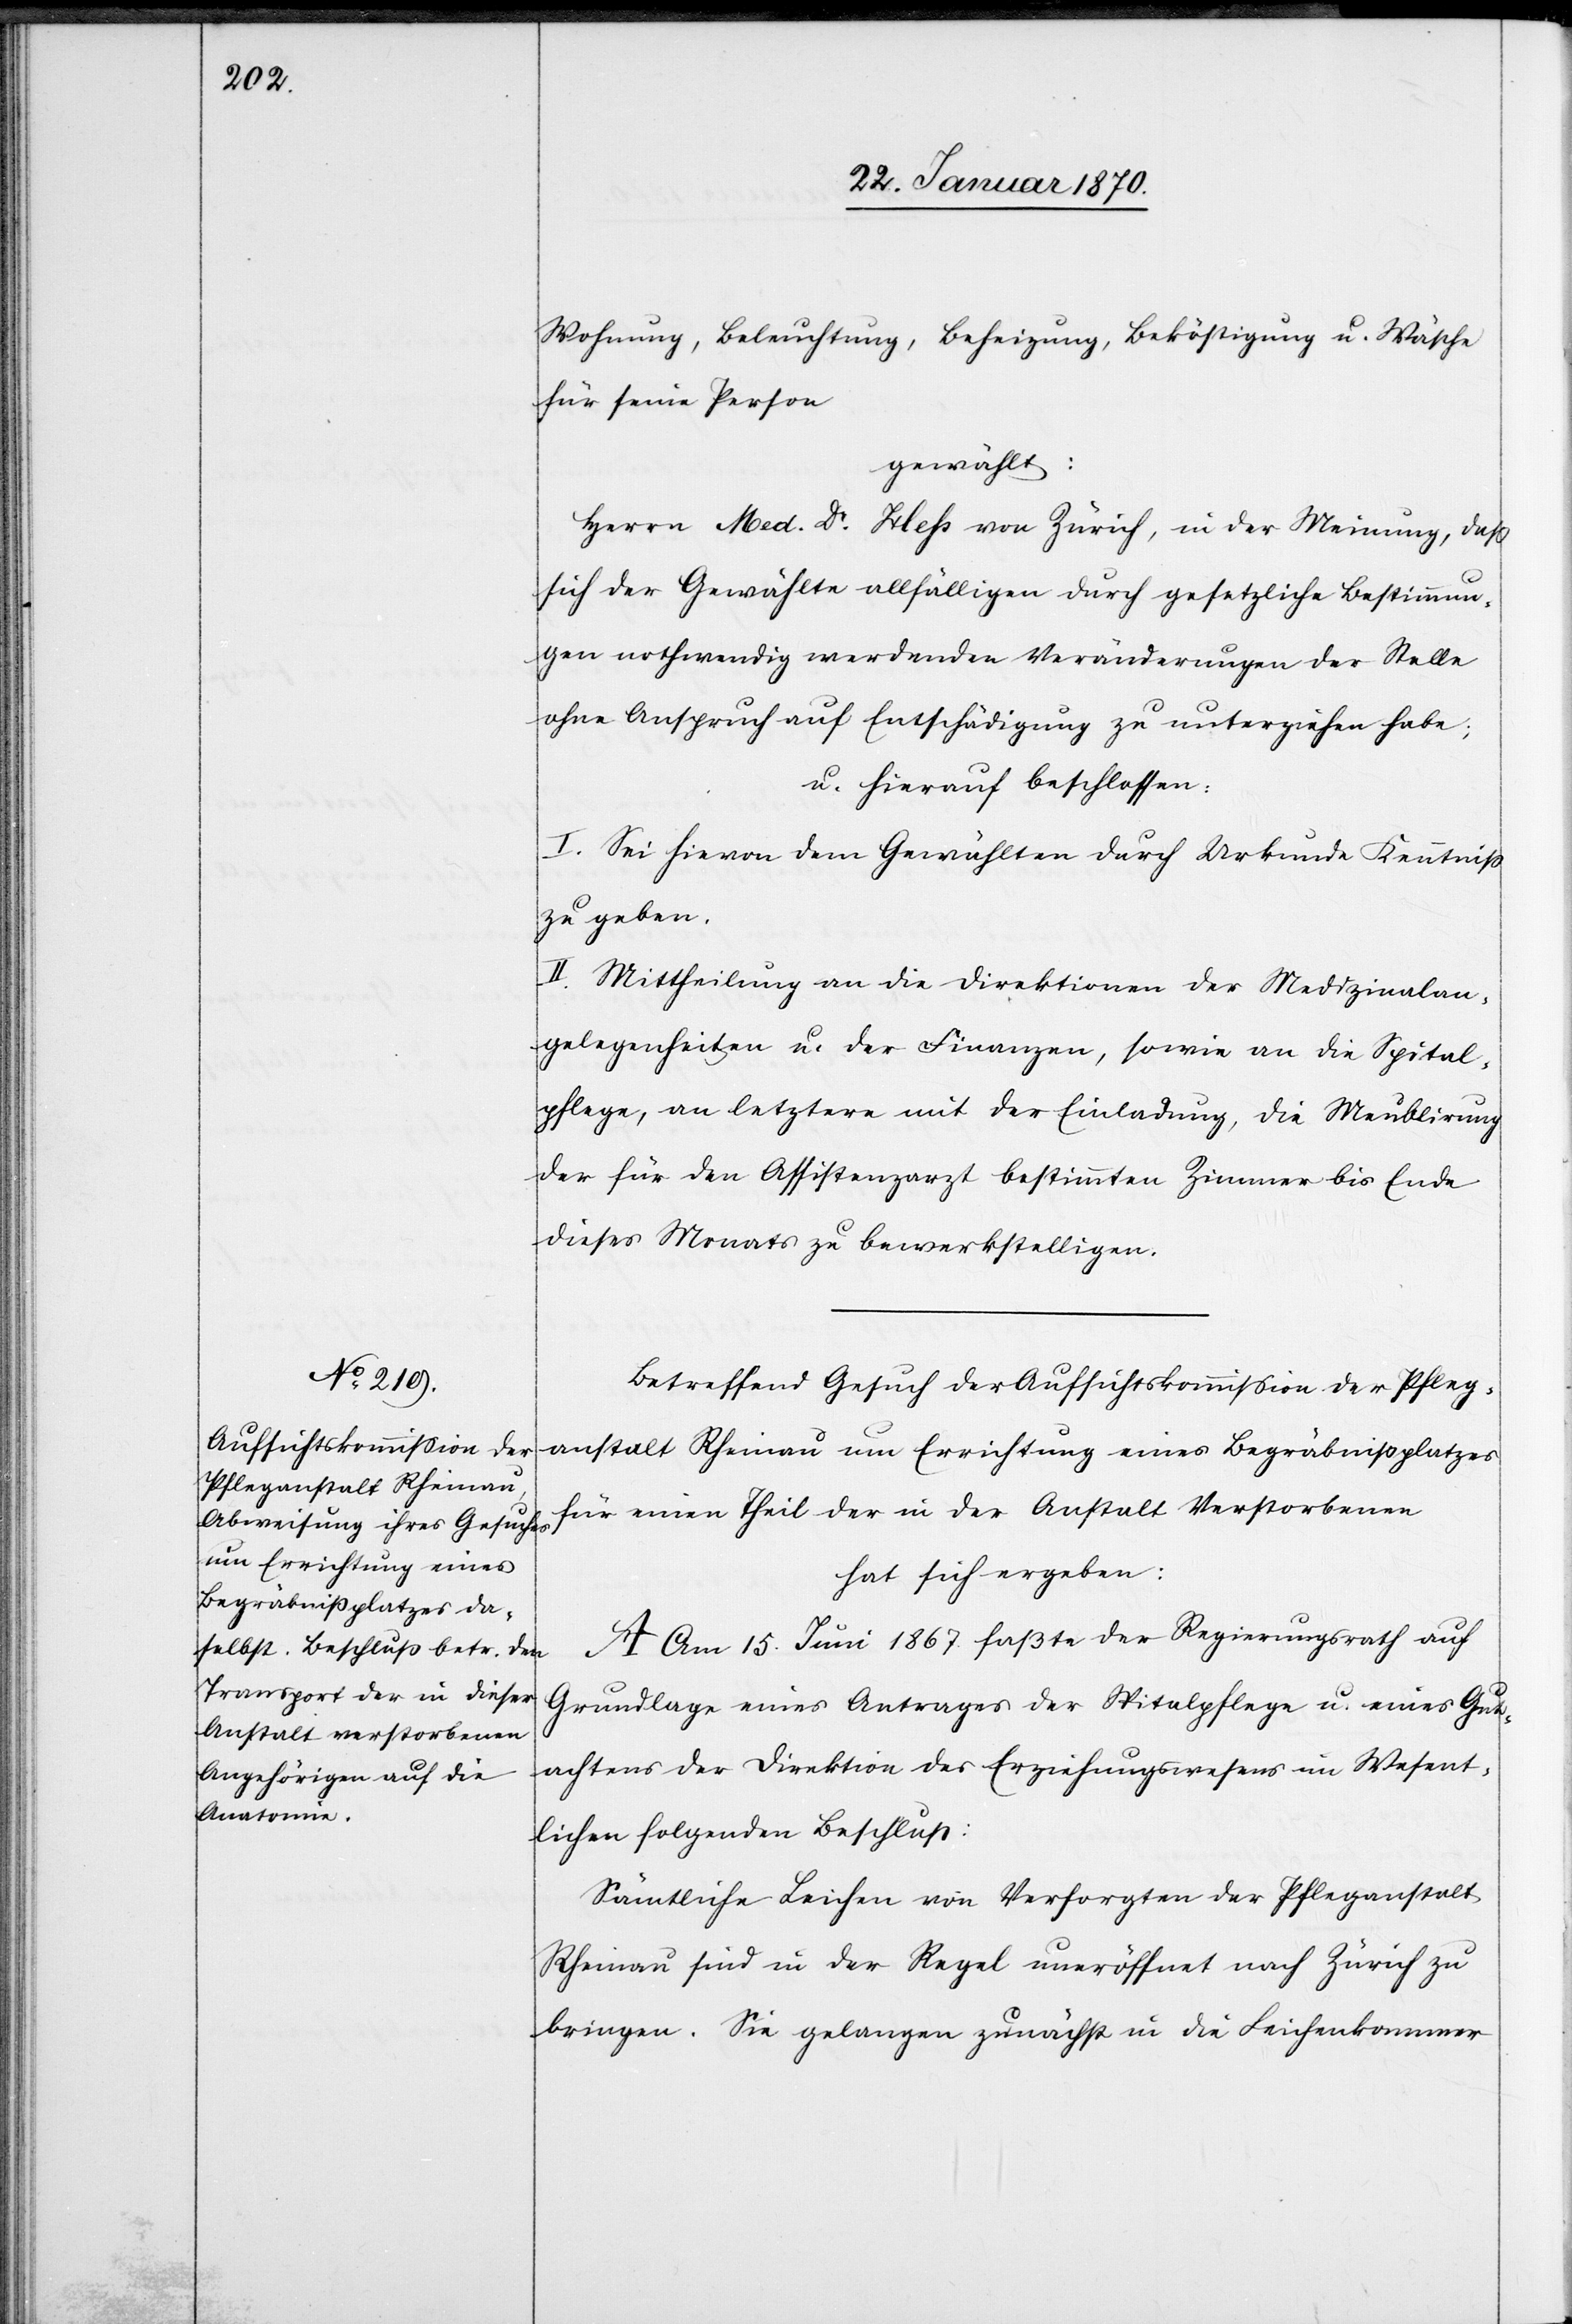
Wohnung, Beleuchtung, Beheizung, Beköstigung u. Wäsche
für seine Person
gewählt:
Herrn Med. Dr Hess von Zürich, in der Meinung, daß
sich der Gewählte allfälligen durch gesetzliche Bestimmun¬
gen nothwendig werdenden Veränderungen der Stelle
ohne Anspruch auf Entschädigung zu unterziehen habe;
u. hierauf beschlossen:
I. Sei hievon dem Gewählten durch Urkunde Kenntniß
zu geben.
II. Mittheilung an die Direktionen der Medizinalan¬
gelegenheiten u. der Finanzen, sowie an die Spital¬
pflege, an letztere mit der Einladung, die Meublirung
der für den Assistenzarzt bestimmten Zimmer bis Ende
dieses Monats zu bewerkstelligen.
Betreffend Gesuch der Aufsichtskommission der Pfleg¬
anstalt Rheinau um Errichtung eines Begräbnißplatzes
für einen Theil der in der Anstalt Verstorbenen
hat sich ergeben:
A. Am 15. Juni 1867. faßte der Regierungsrath auf
Grundlage eines Antrages der Spitalpflege u. eines Gut¬
achtens der Direktion des Erziehungswesens im Wesent¬
lichen folgenden Beschluss:
Sämtliche Leichen von Versorgten der Pfleganstalt
Rheinau sind in der Regel uneröffnet nach Zürich zu
bringen. Sie gelangen zunächst in die Leichenkammer